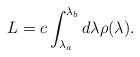
\begin{align*}L =c \int_{\lambda _a}^{\lambda _b} d\lambda \rho (\lambda ).\end{align*}